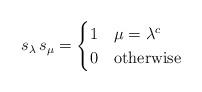
LaTeX: \begin{align*}s_\lambda \, s_{\mu} = \begin{cases} 1 & \mbox{$\mu=\lambda^c$} \\0 & \mbox{otherwise}\end{cases}\end{align*}